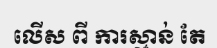
លើស ពី ការស្មាន់ តែ